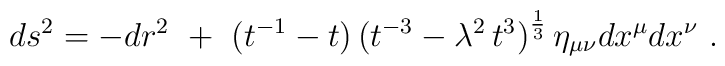
ds^2 =  - dr^2 ~+~(t^{-1} - t \big)\, ( t^{-3} -\lambda^2 \, t^3 \big)^{1 \over 3}\, \eta_{\mu\nu} dx^\mu dx^\nu\ .